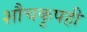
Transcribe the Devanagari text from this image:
शौचकुपही